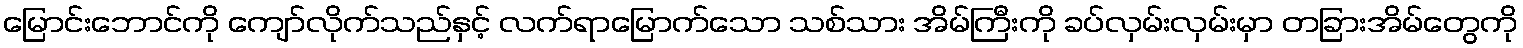
မြောင်းဘောင်ကို ကျော်လိုက်သည်နှင့် လက်ရာမြောက်သော သစ်သား အိမ်ကြီးကို ခပ်လှမ်းလှမ်းမှာ တခြားအိမ်တွေကို